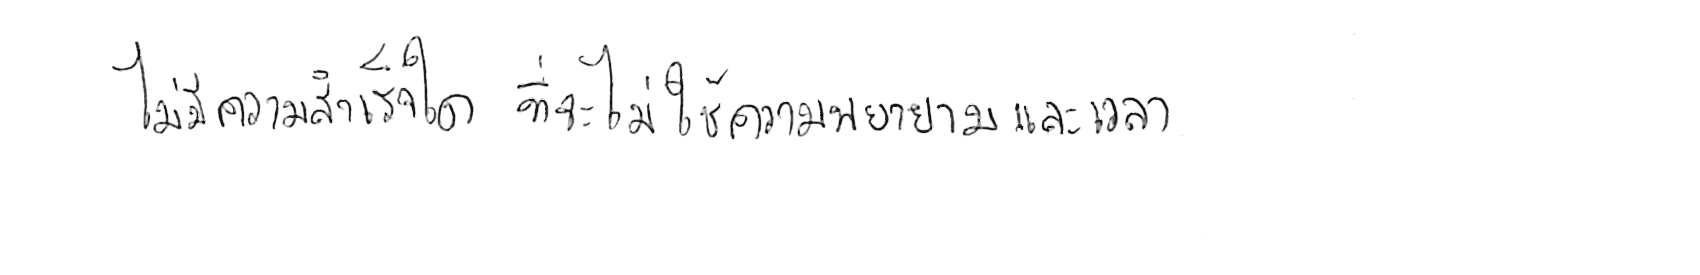
ไม่มีความสำเร็จใด ที่จะไม่ใช้ความพยายามและเวลา